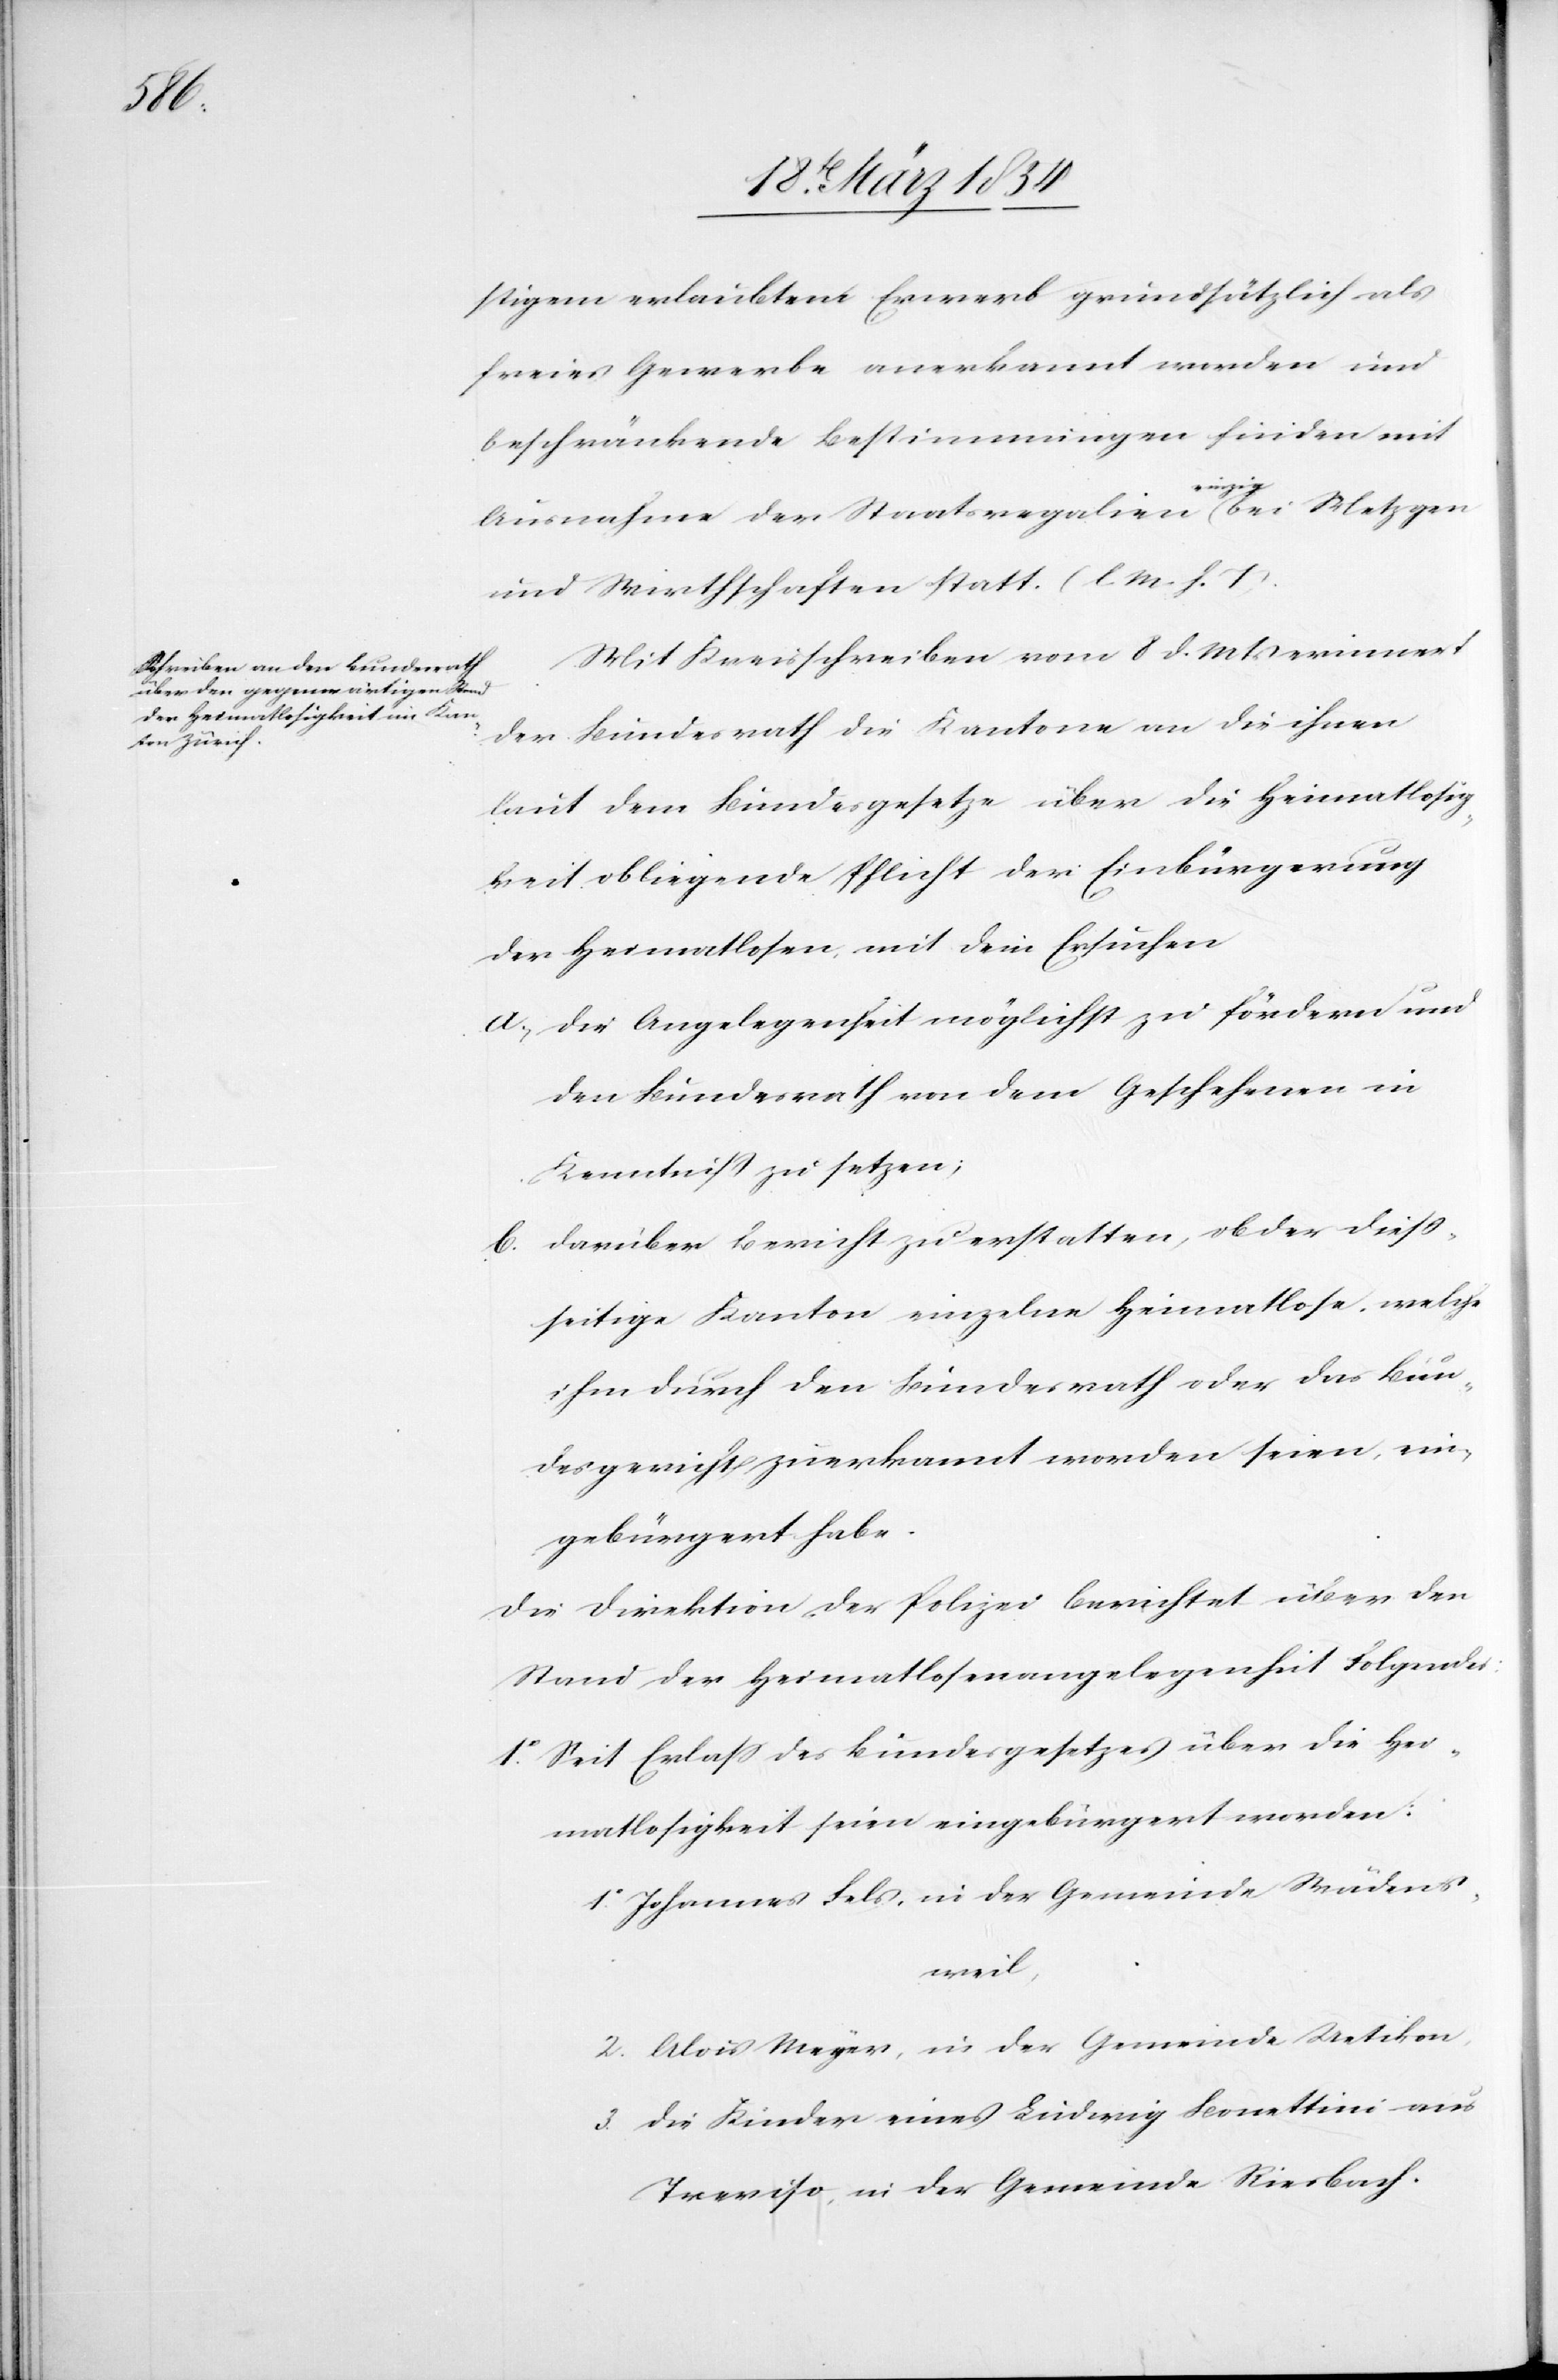
stigem erlaubtem Erwerb grundsätzlich als
freies Gewerbe anerkannt worden und
beschränkende Bestimmungen finden mit
Ausnahme der Staatsregalien a-einzig-a bei Metzger
und Wirthschaften statt. (l. M. h. T).
Mit Kreisschreiben vom 8 d. Mts erinnert
der Bundesrath die Kantone an die ihnen
laut dem Bundesgesetze über die Heimatlosig¬
keit obliegende Pflicht der Einbürgerung
der Heimatlosen mit dem Ersuchen
a. Die Angelegenheit möglichst zu fördern und
den Bundesrath von dem Geschehenen in
Kenntniß zu setzen;
b. Darüber Bericht zu erstatten, ob der dieß¬
seitige Kanton einzelne Heimatlose, welche
ihm durch den Bundesrath oder das Bun¬
desgericht zuerkannt worden seien, ein¬
gebürgert habe.
Die Direktion der Polizei berichtet über den
Stand der Heimatlosenangelegenheit Folgendes:
1o Seit Erlaß des Bundesgesetzes über die Hei¬
matlosigkeit seien eingebürgert worden:
1. Johannes Fels, in der Gemeinde Wädens¬
weil,
2. Alois Meyer, in der Gemeinde Uetikon,
3. Die Kinder eines Ludwig Bonettini aus
Treviso, in der Gemeinde Riesbach.